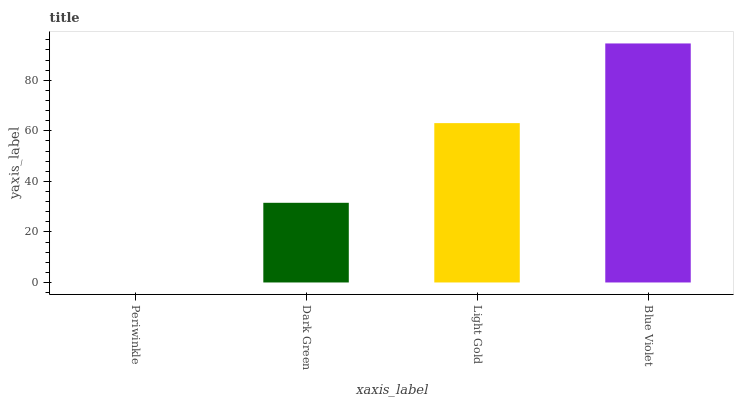
| xaxis_label | bars |
 | --- | --- |
 | Periwinkle | 0 |
 | Dark Green | 31.5 |
 | Light Gold | 63 |
 | Blue Violet | 94.6 |